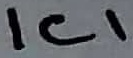
Text: IC1